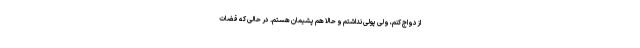
ازدواج کنم، ولی پولی نداشتم و حالا هم پشیمان هستم. در حالی که قضات